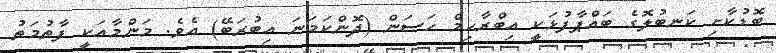
ބޮޑުކާށި ކަނބުލޮގެ ބައްޕާފުޅަކީ އިބްރާހިމް ހަސަން (ދޮންކަަަަމަނަ އިބުރަބޭ) އެވެ. މަންމާއަކީ ފާތުމަތު